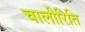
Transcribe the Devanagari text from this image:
चालीरिति